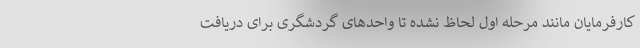
کارفرمایان مانند مرحله اول لحاظ نشده تا واحدهای گردشگری برای دریافت